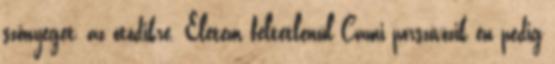
szőnyeget, az ötödikre. Életem feltétlenül Cami porszívózik én pedig